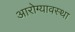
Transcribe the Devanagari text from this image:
आरोग्यावस्था